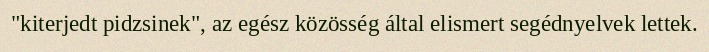
"kiterjedt pidzsinek", az egész közösség által elismert segédnyelvek lettek.